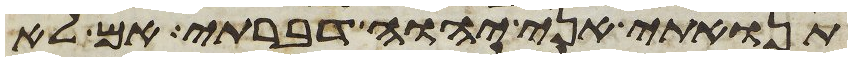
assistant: תנואתי אני יהוה דברתי אם לא